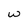
Character: w